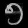
Digit: ၅